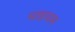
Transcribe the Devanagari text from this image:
माइधाम